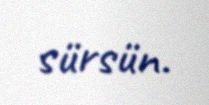
sürsün.